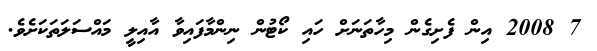
7 2008 އިން ފެށިގެން މިހާތަނަށް ހައި ކޯޓުން ނިންމާފައިވާ އާއިލީ މައްސަލަތަކަށެވެ.